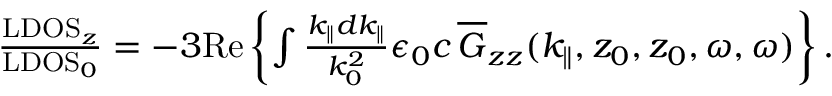
\begin{array} { r } { \frac { \mathrm { L D O S } _ { z } } { \mathrm { L D O S } _ { 0 } } = - 3 \mathrm { R e } \left\{ \int \frac { k _ { \parallel } d k _ { \parallel } } { k _ { 0 } ^ { 2 } } \epsilon _ { 0 } c \, \overline { G } _ { z z } ( k _ { \parallel } , z _ { 0 } , z _ { 0 } , \omega , \omega ) \right\} . } \end{array}